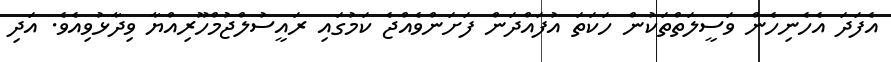
އެފަދަ އެހެނިހެން ވަސީލަތްތަކުން ހަކަތަ އުފައްދަން ފަށަންވެއްޖެ ކަމުގައި ރައީސުލްޖުމްހޫރިއްޔާ ވިދާޅުވިއެވެ. އަދި